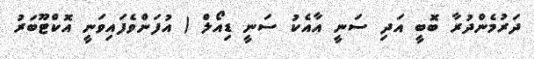
ދަރުމެންދުރާ ބޮބީ އަދި ސަނީ އާއެކު ސަނީ ޑިއޯލް ( އުފަންވެފައިވަނީ އޮކްޓޫބަރު